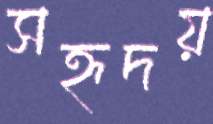
সহৃদয়